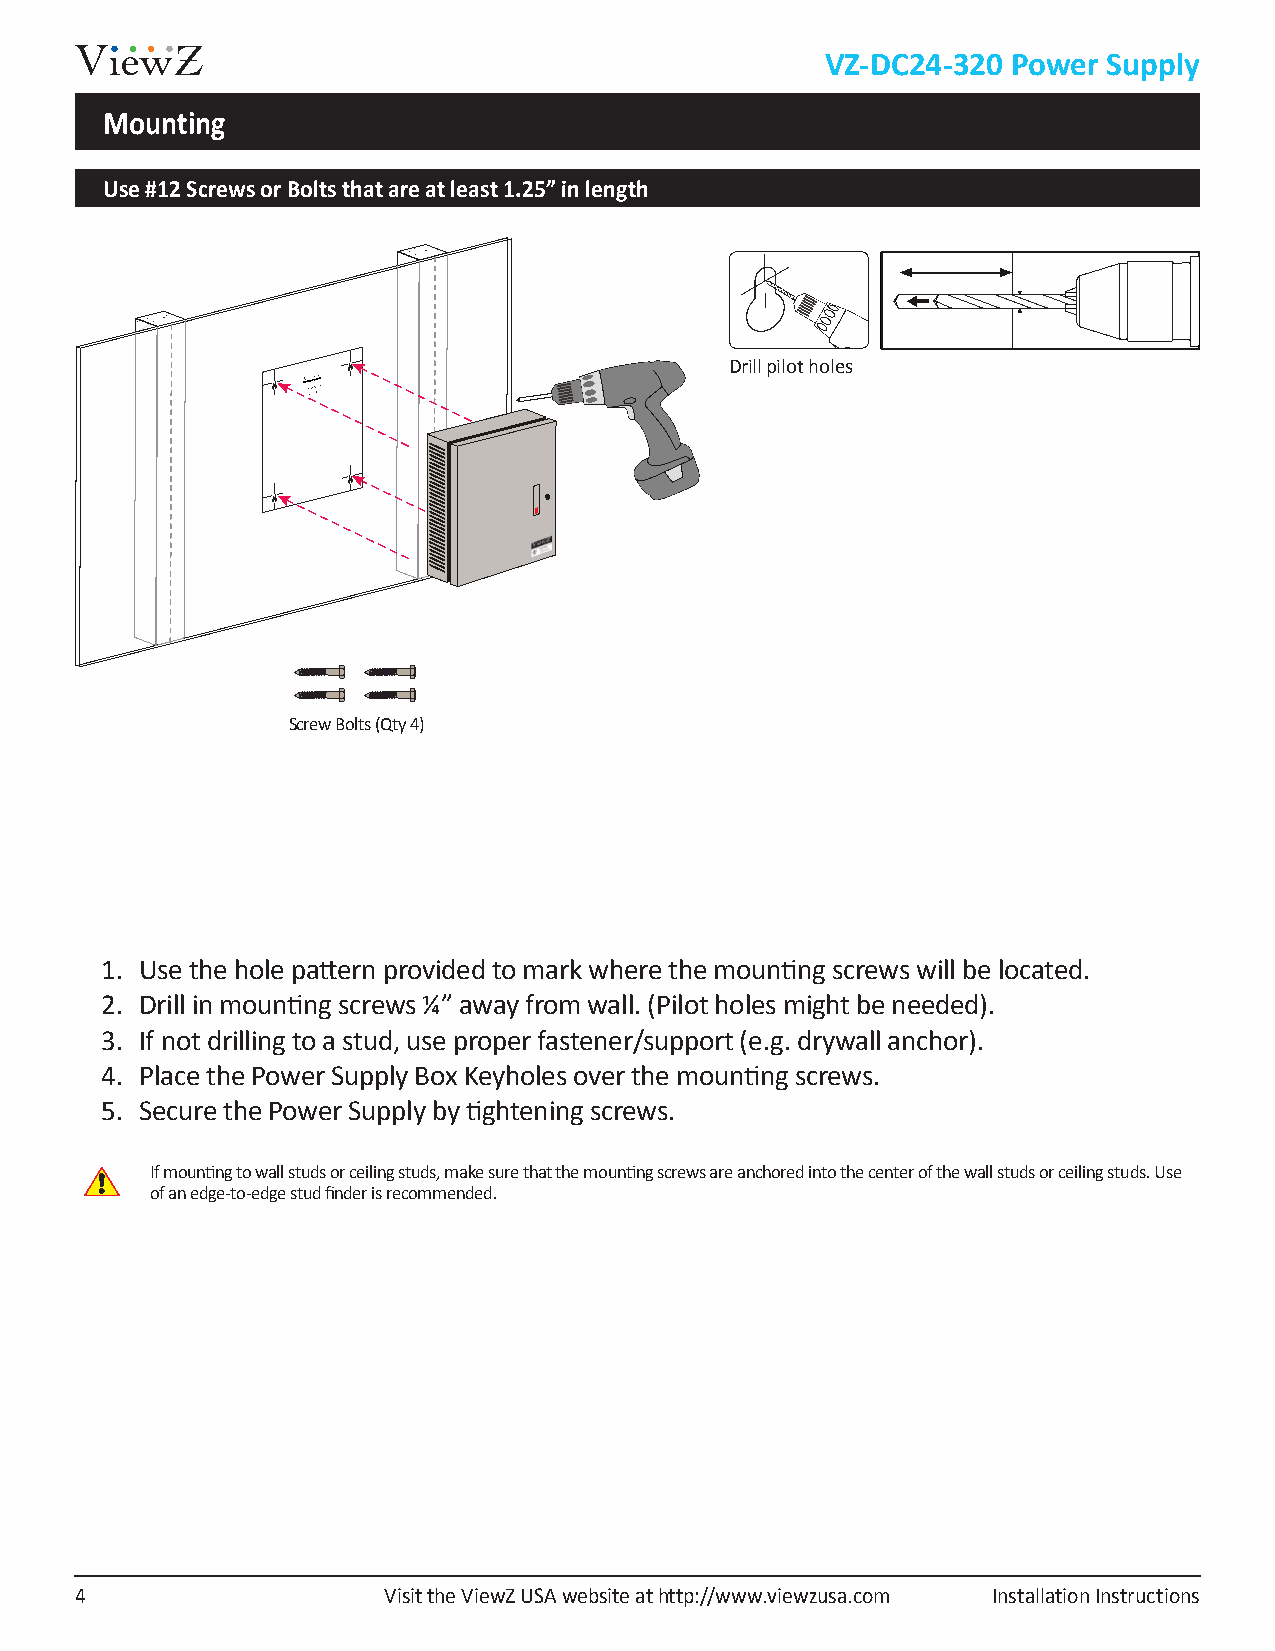
VZ-DC24-320 Power Supply
 Mounting
 Use #12 Screws or Bolts that are at least 1.25” in length
 Drill pilot holes
 Screw Bolts (Qty 4)
 1. Use the hole pattern provided to mark where the mounting screws will be located.
 2. Drill in mounting screws ¼” away from wall. (Pilot holes might be needed).
 3. If not drilling to a stud, use proper fastener/support (e.g. drywall anchor).
 4. Place the Power Supply Box Keyholes over the mounting screws.
 5. Secure the Power Supply by tightening screws.
 If mounting to wall studs or ceiling studs, make sure that the mounting screws are anchored into the center of the wall studs or ceiling studs. Use
 of an edge-to-edge stud finder is recommended.
 4                   Visit the ViewZ USA website at http://www.viewzusa.com Installation Instructions